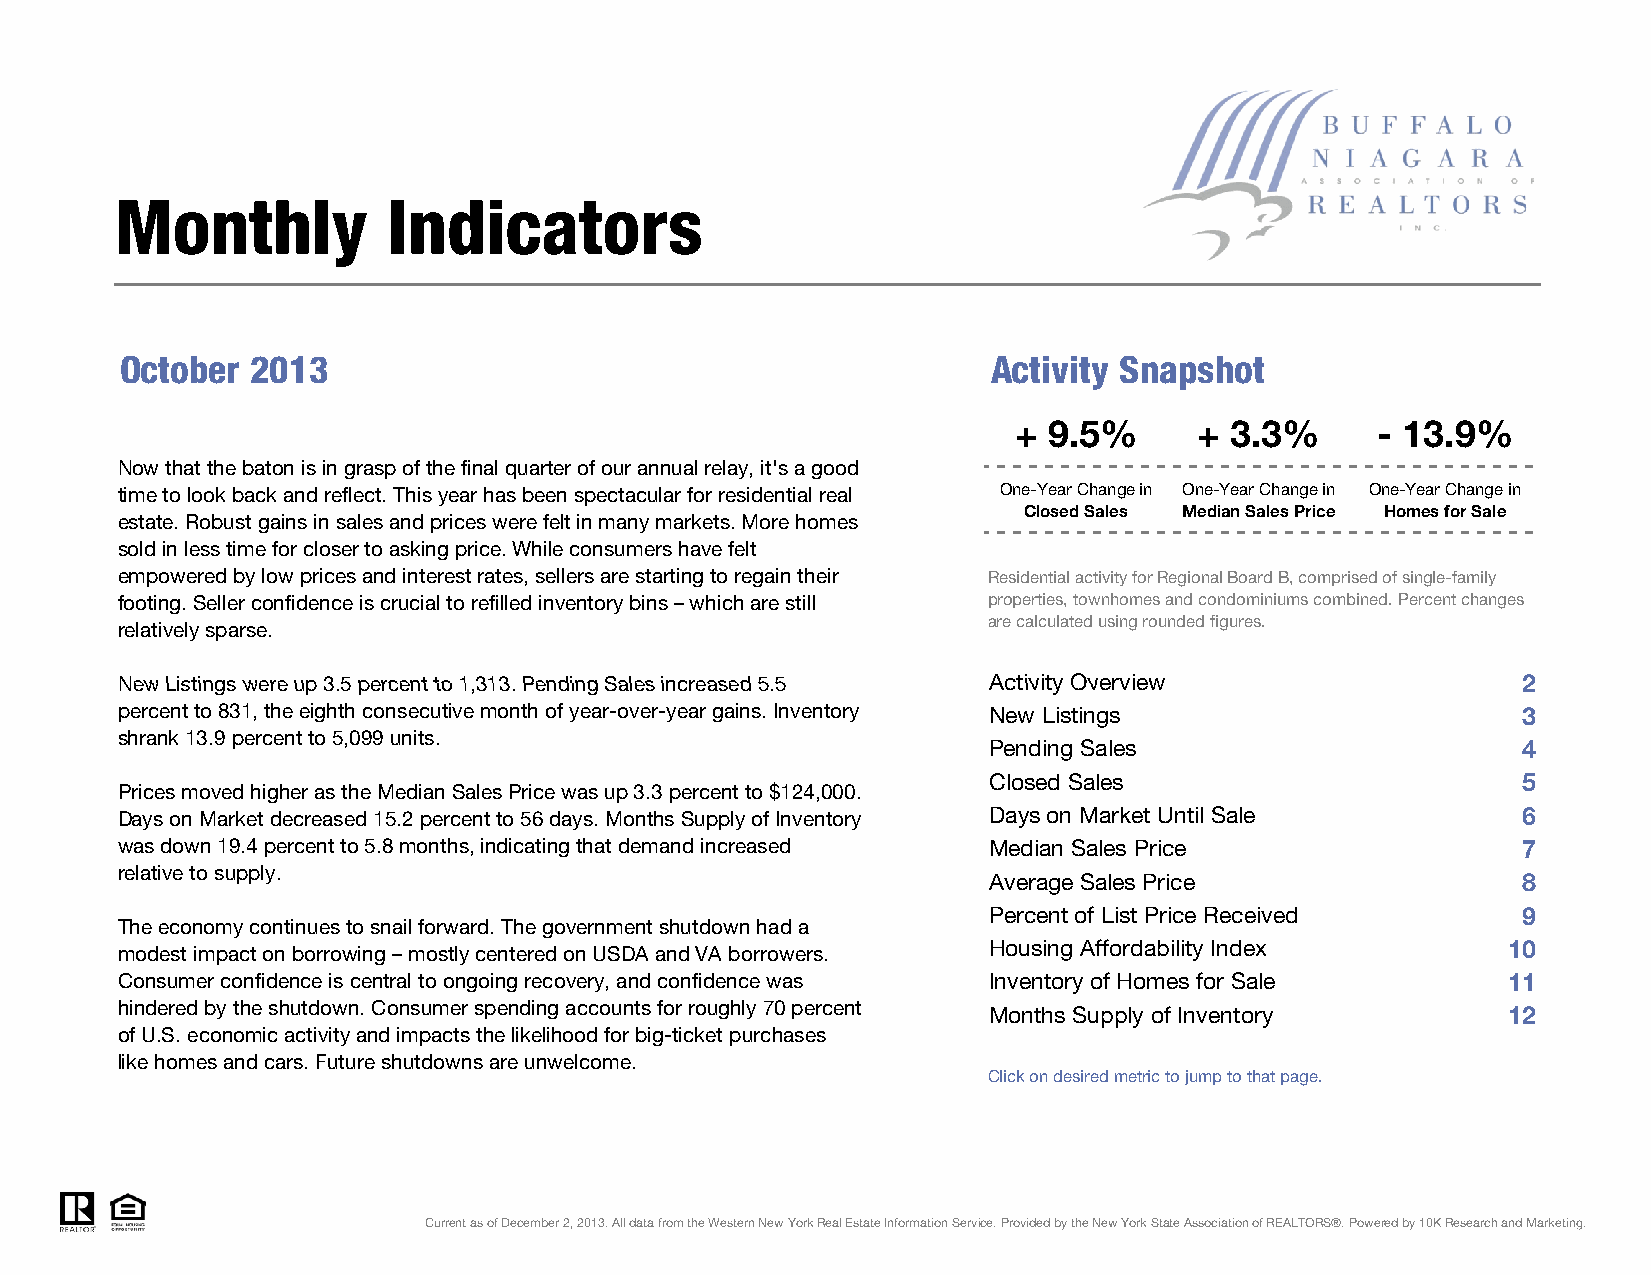
Monthly           Indicators
 October  2013                                             Activity Snapshot
 + 9.5%      + 3.3%      - 13.9%
 Now that the baton is in grasp of the final quarter of our annual relay, it's a good
 time to look back and reflect. This year has been spectacular for residential real One-Year Change in One-Year Change in One-Year Change in
 Closed Sales Median Sales Price Homes for Sale
 estate. Robust gains in sales and prices were felt in many markets. More homes
 sold in less time for closer to asking price. While consumers have felt
 empowered by low prices and interest rates, sellers are starting to regain their Residential activity for Regional Board B, comprised of single-family
 footing. Seller confidence is crucial to refilled inventory bins – which are still properties, townhomes and condominiums combined. Percent changes
 are calculated using rounded figures.
 relatively sparse.
 NNeeww LLiissttiinnggss wweerree uupp 33.55 ppeerrcceenntt ttoo 11,331133. PPeennddiinngg SSaalleess iinnccrreeaasseedd 55.55 AAccttiivviittyy OOvveerrvviieeww 22
 percent to 831, the eighth consecutive month of year-over-year gains. Inventory New Listings 3
 shrank 13.9 percent to 5,099 units.
 Pending Sales                       4
 Closed Sales                        5
 Prices moved higher as the Median Sales Price was up 3.3 percent to $124,000.
 Days on Market decreased 15.2 percent to 56 days. Months Supply of Inventory Days on Market Until Sale 6
 was down 19.4 percent to 5.8 months, indicating that demand increased Median Sales Price     7
 relative to supply.
 Average Sales Price                 8
 Percent of List Price Received      9
 The economy continues to snail forward. The government shutdown had a
 Housing Affordability Index        10
 modest impact on borrowing – mostly centered on USDA and VA borrowers.
 Consumer confidence is central to ongoing recovery, and confidence was Inventory of Homes for Sale 11
 hindered by the shutdown. Consumer spending accounts for roughly 70 percent Months Supply of Inventory 12
 of U.S. economic activity and impacts the likelihood for big-ticket purchases
 like homes and cars. Future shutdowns are unwelcome.
 Click on desired metric to jump to that page.
 Current as of December 2, 2013. All data from the Western New York Real Estate Information Service. Provided by the New York State Association of REALTORS®. Powered by 10K Research and Marketing.